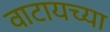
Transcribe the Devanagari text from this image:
वाटायच्या